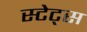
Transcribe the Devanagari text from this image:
स्टेट्‍स